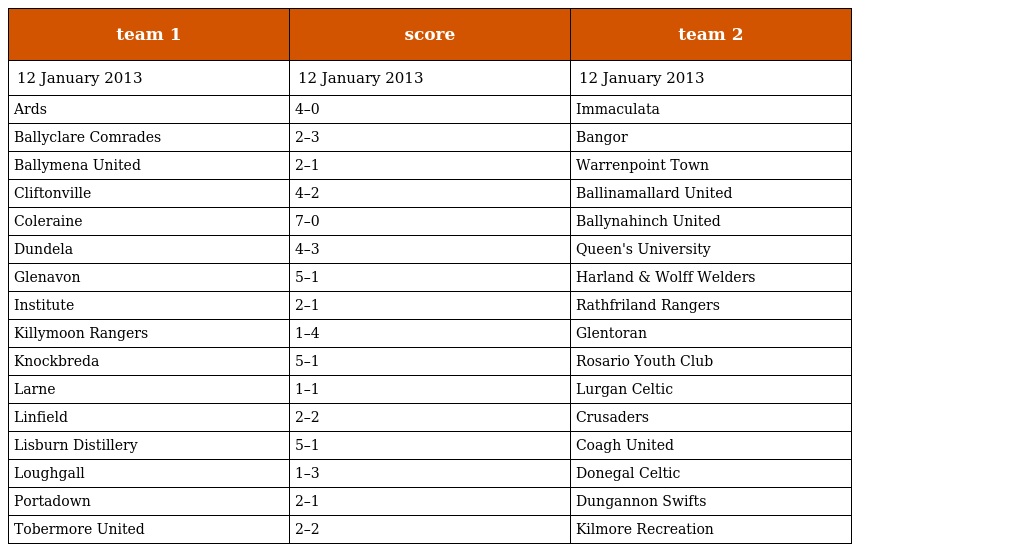
| team 1 | score | team 2 |
 | --- | --- | --- |
 | 12 January 2013 | 12 January 2013 | 12 January 2013 |
 | Ards | 4–0 | Immaculata |
 | Ballyclare Comrades | 2–3 | Bangor |
 | Ballymena United | 2–1 | Warrenpoint Town |
 | Cliftonville | 4–2 | Ballinamallard United |
 | Coleraine | 7–0 | Ballynahinch United |
 | Dundela | 4–3 | Queen's University |
 | Glenavon | 5–1 | Harland & Wolff Welders |
 | Institute | 2–1 | Rathfriland Rangers |
 | Killymoon Rangers | 1–4 | Glentoran |
 | Knockbreda | 5–1 | Rosario Youth Club |
 | Larne | 1–1 | Lurgan Celtic |
 | Linfield | 2–2 | Crusaders |
 | Lisburn Distillery | 5–1 | Coagh United |
 | Loughgall | 1–3 | Donegal Celtic |
 | Portadown | 2–1 | Dungannon Swifts |
 | Tobermore United | 2–2 | Kilmore Recreation |